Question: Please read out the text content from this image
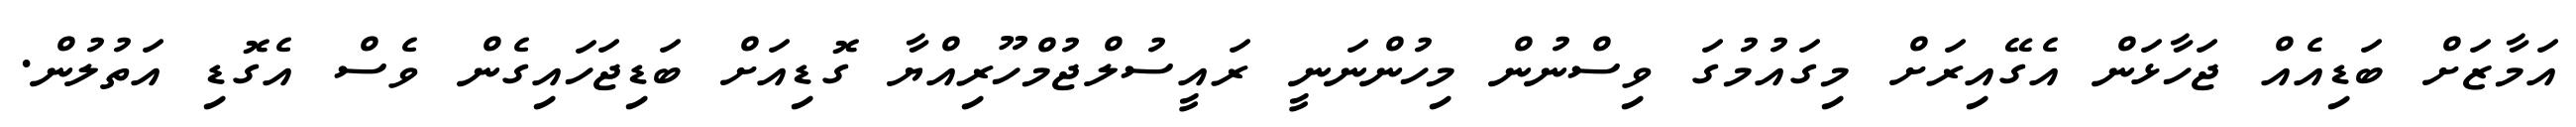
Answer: އަމާޒަށް ބަޑިއެއް ޖަހާޅަން އެގޭއިރަށް މިގައުމުގަ ވިސްނުން މިހުންނަނީ ރައީސުލްޖުމްހޫރިއްޔާ ގޮޑިއަށް ބަޑިޖަހައިގެން ވެސް އެގޮޑި އަތުލުން.